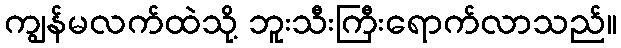
ကျွန်မလက်ထဲသို့ ဘူးသီးကြီးရောက်လာသည်။